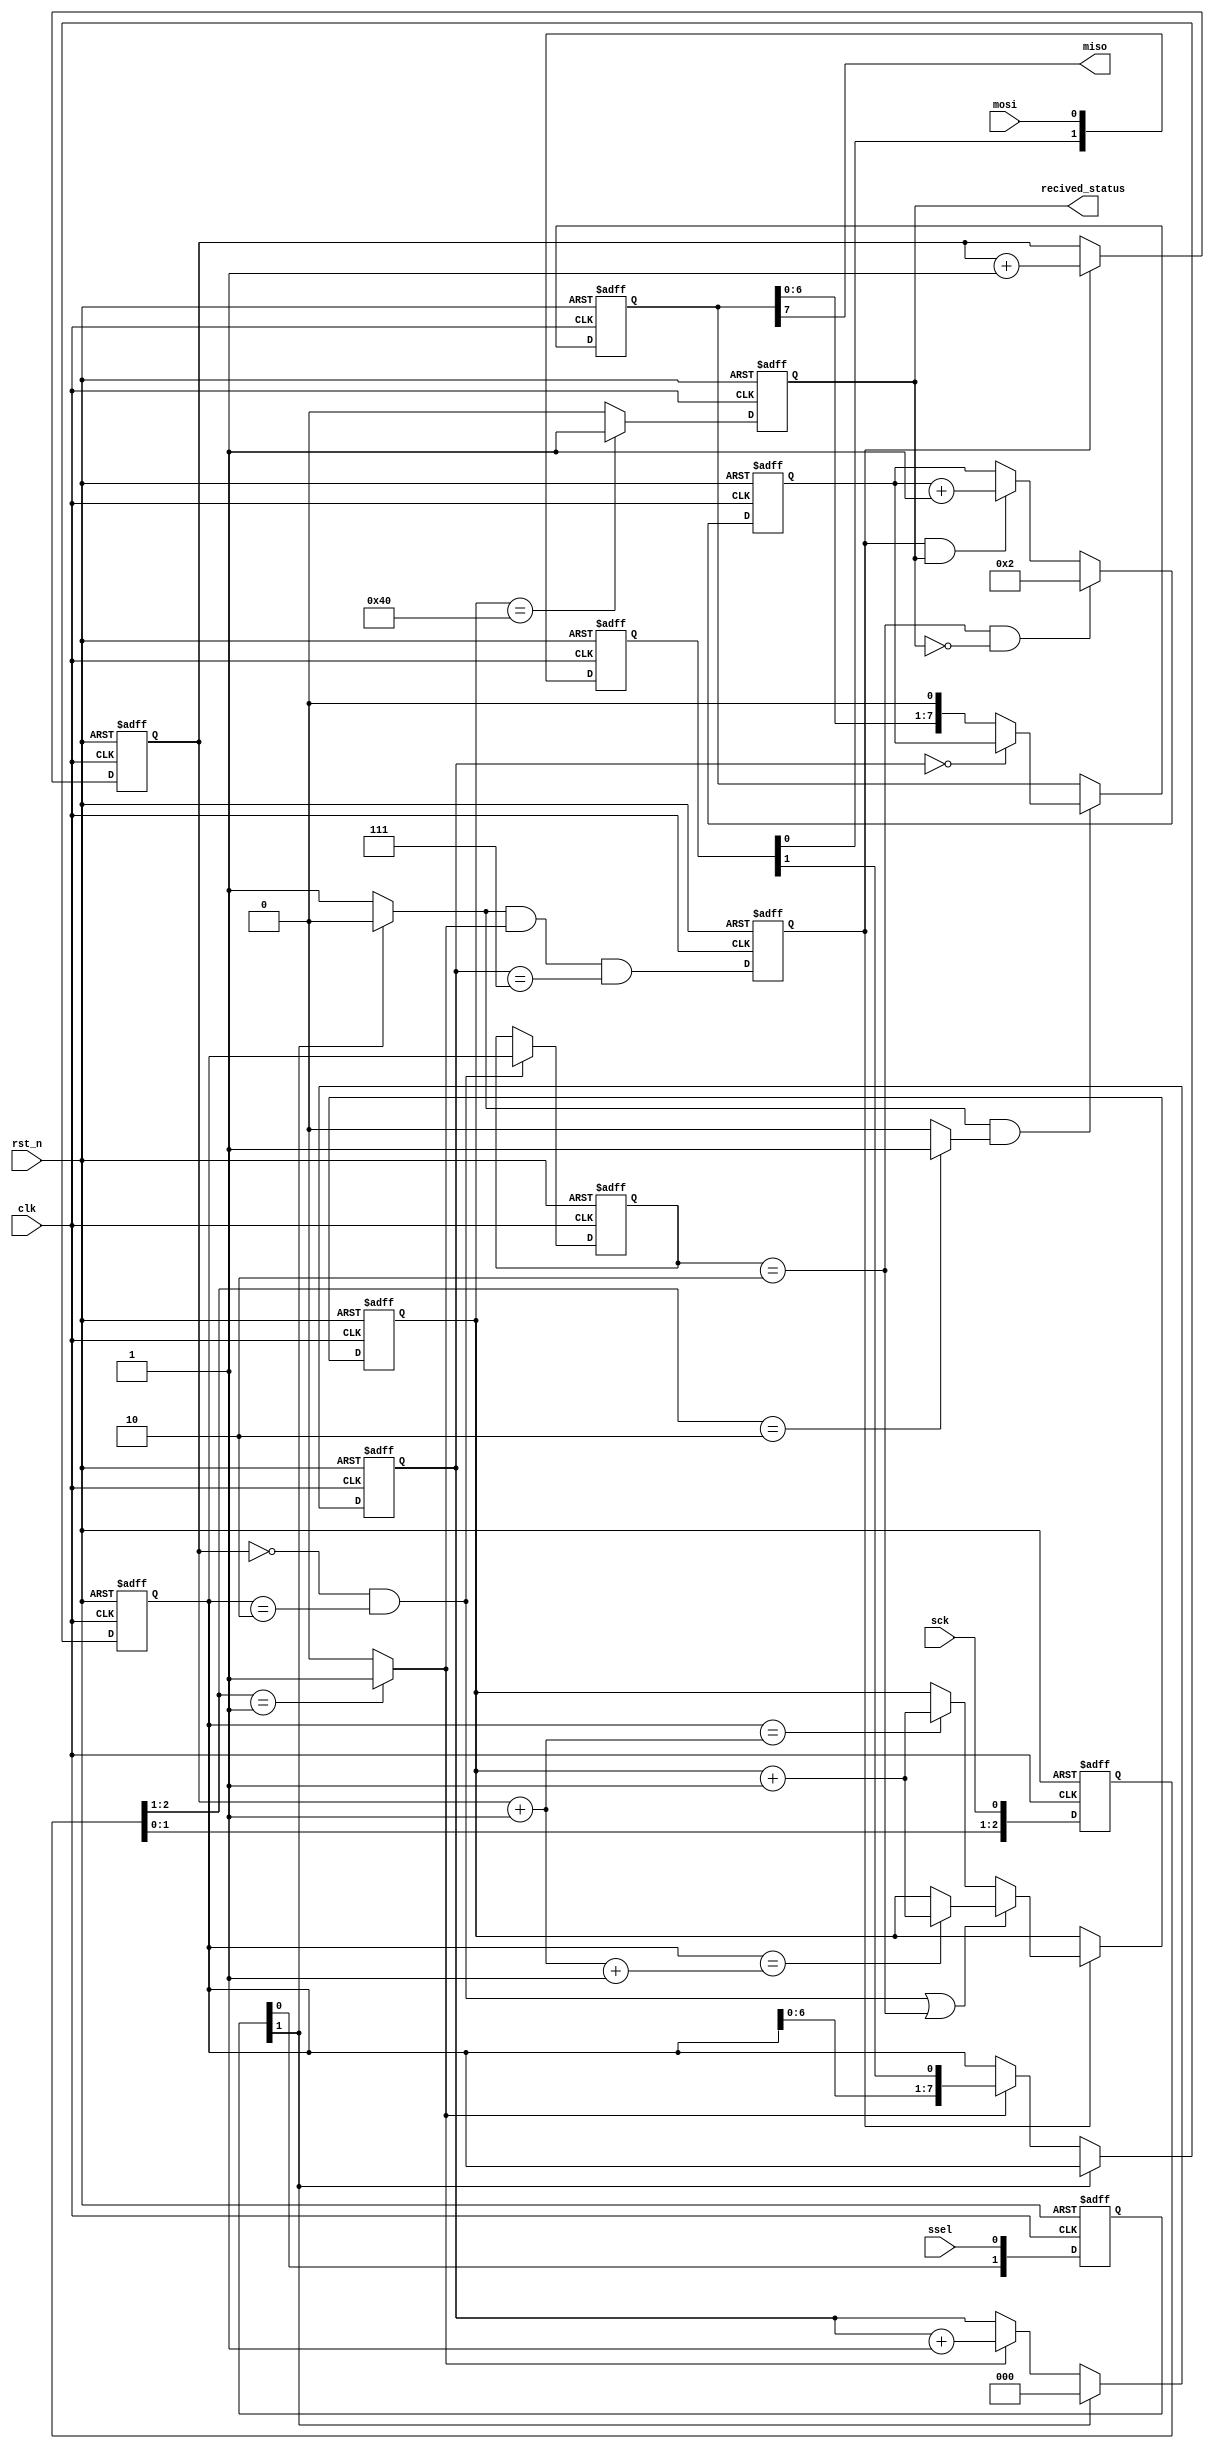
module spi_slave_b2b
#(parameter start_cnt = 1)
(
clk,sck,mosi,miso,ssel,rst_n,recived_status
);
input clk;
input rst_n;
input sck,mosi,ssel;
output miso;
output recived_status;
reg recived_status;
reg[2:0] sckr;
reg[2:0] sselr;
reg[1:0] mosir;
reg[2:0] bitcnt;
reg[7:0] bytecnt;
reg byte_received;  
reg [7:0] byte_data_received;
reg[7:0] received_memory;
reg [7:0] byte_data_sent;
reg [7:0] cnt;
reg [7:0] first_byte;
wire ssel_active;
wire sck_risingedge;
wire sck_fallingedge;
wire ssel_startmessage;
wire ssel_endmessage;
wire mosi_data;
always @(posedge clk or negedge rst_n) begin
	if(!rst_n)
		sckr <= 3'h0;
	else
		sckr <= {sckr[1:0],sck};
end
assign sck_risingedge = (sckr[2:1] == 2'b01) ? 1'b1 : 1'b0;
assign sck_fallingedge = (sckr[2:1] == 2'b10) ? 1'b1 : 1'b0;
always @(posedge clk or negedge rst_n) begin
	if(!rst_n)
		sselr <= 3'h0;
	else
		sselr <= {sselr[1:0],ssel};
end
assign  ssel_active = (~sselr[1]) ? 1'b1 : 1'b0;  
assign  ssel_startmessage = (sselr[2:1] == 2'b10) ? 1'b1 : 1'b0;  
assign  ssel_endmessage = (sselr[2:1] == 2'b01) ? 1'b1 : 1'b0;  
always @(posedge clk or negedge rst_n) begin
	if(!rst_n)
		mosir <= 2'h0;
	else
		mosir <={mosir[0],mosi};
end
assign mosi_data = mosir[1];
always @(posedge clk or negedge rst_n) begin
  if(!rst_n) begin
	bitcnt <= 3'b000;
	byte_data_received <= 8'h0;
  end
  else begin
   if(~ssel_active)
     bitcnt <= 3'b000;
   else begin
      if(sck_risingedge) begin
        bitcnt <= bitcnt + 3'b001;
        byte_data_received <= {byte_data_received[6:0], mosi_data};
      end
		else begin
		  bitcnt <= bitcnt;
        byte_data_received <= byte_data_received;
		end
	  end
  end
end
always @(posedge clk or negedge rst_n) begin
	if(!rst_n)
		byte_received <= 1'b0;
	else
		byte_received <= ssel_active && sck_risingedge && (bitcnt==3'b111);
end
always @(posedge clk or negedge rst_n) begin
	if(!rst_n) begin
		bytecnt <= 8'h0;
		received_memory <= 8'h0;
	end
   else begin
	 if(byte_received) begin
		  bytecnt <= bytecnt + 1'b1;
		  if((bytecnt == 'h0 && byte_data_received == start_cnt + 1'b1) || first_byte == start_cnt + 1'b1)
				received_memory <= (byte_data_received == bytecnt + start_cnt + 1'b1) ? (received_memory + 1'b1) : received_memory;
			else
				received_memory <= (byte_data_received == bytecnt + start_cnt) ? (received_memory + 1'b1) : received_memory;
	 end
	 else begin
		  bytecnt <= bytecnt;
	     received_memory <= received_memory;
	 end
	end
end
always @(posedge clk or negedge rst_n) begin
	if(!rst_n)
		first_byte <= 'h0;
	else if(bytecnt == 'h0 && byte_data_received == start_cnt + 1'b1)
		first_byte <= byte_data_received;
	else
		first_byte <= first_byte;
end
always @(posedge clk or negedge rst_n) begin
	 if(!rst_n)
	  cnt<= start_cnt;
	 else begin
	  if((first_byte == start_cnt + 1'b1) && (!recived_status))
				cnt<= start_cnt + 1'b1;
     else if(byte_received && recived_status) 
				cnt<=cnt+8'h1;  
	  else
				cnt<=cnt;
    end
end
always @(posedge clk or negedge rst_n) begin
    if(!rst_n)
		byte_data_sent <= 8'h0;
	 else begin
      if(ssel_active && sck_fallingedge) begin
          if(bitcnt==3'b000)
               byte_data_sent <= cnt;  
           else
               byte_data_sent <= {byte_data_sent[6:0], 1'b0};
		end
		else
			byte_data_sent <= byte_data_sent;
	end
end
assign miso = byte_data_sent[7];  
always @(posedge clk or negedge rst_n) begin
	 if(!rst_n)
	  recived_status <= 1'b0;
	 else 
	  recived_status <= (received_memory == 8'd64) ? 1'b1 : 1'b0;
end
endmodule